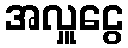
အလှူငွေ